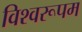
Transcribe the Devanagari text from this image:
विश्‍वरूपम